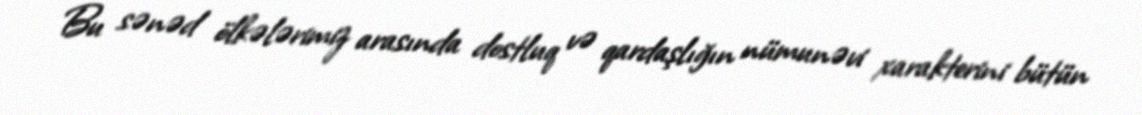
Bu sənəd ölkələrimiz arasında dostluq və qardaşlığın nümunəvi xarakterini bütün